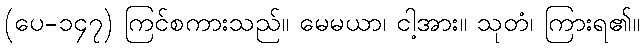
(ပေ-၁၄၇) ကြင်စကားသည်။ မေမယာ၊ ငါ့အား။ သုတံ၊ ကြားရ၏။